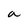
Character: a